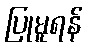
ပြုမူရန်